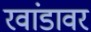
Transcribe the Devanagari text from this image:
रवांडावर